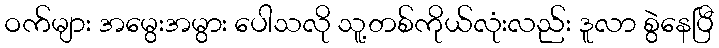
ဝက်များ အမွေးအမွား ပေါသလို သူ့တစ်ကိုယ်လုံးလည်း ဒူလာ စွဲနေပြီ